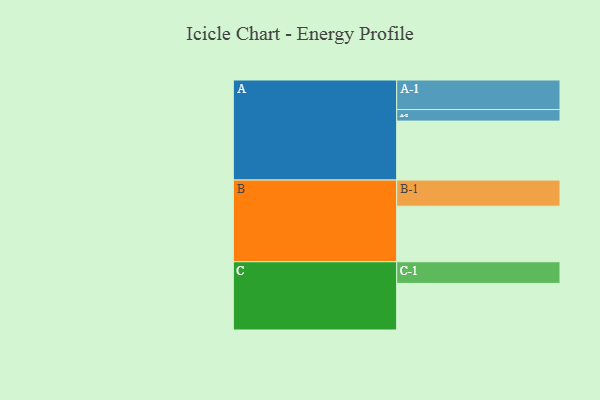
{"axis": {"x": "Segment", "y": "Value"}, "legend": ["", "A", "B", "C"], "data": [{"x": "A", "y": 571, "type": ""}, {"x": "B", "y": 538, "type": ""}, {"x": "C", "y": 451, "type": ""}, {"x": "A-1", "y": 286, "type": "A"}, {"x": "A-2", "y": 112, "type": "A"}, {"x": "B-1", "y": 253, "type": "B"}, {"x": "C-1", "y": 210, "type": "C"}]}